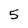
Character: 5